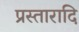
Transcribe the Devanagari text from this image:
प्रस्तारादि